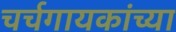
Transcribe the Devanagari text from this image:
चर्चगायकांच्या